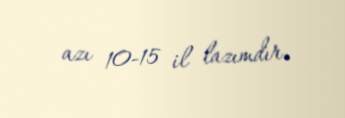
azı 10-15 il lazımdır.